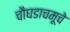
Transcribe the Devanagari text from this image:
चौघडाचमूचे